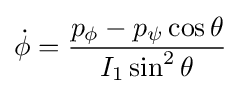
{\dot {\phi }}={\frac {p_{\phi }-p_{\psi }\cos \theta }{I_{1}\sin ^{2}\theta }}